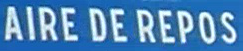
AIRE DE REPOS